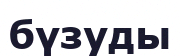
бүзуды